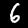
Digit: 6